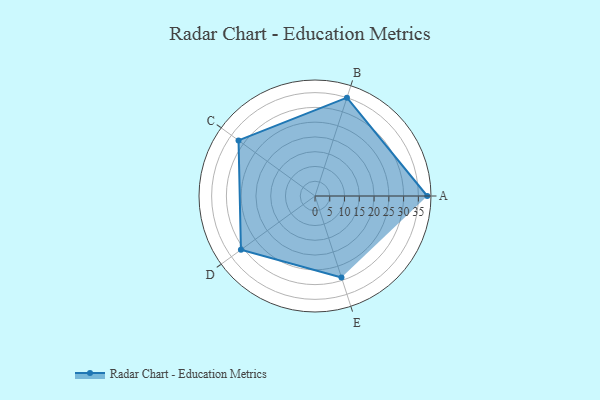
{"axis": {"x": "Skill", "y": "Score"}, "legend": ["Profile"], "data": [{"x": "A", "y": 38.0, "type": "Profile"}, {"x": "B", "y": 35.0, "type": "Profile"}, {"x": "C", "y": 32.0, "type": "Profile"}, {"x": "D", "y": 31.0, "type": "Profile"}, {"x": "E", "y": 29.0, "type": "Profile"}]}